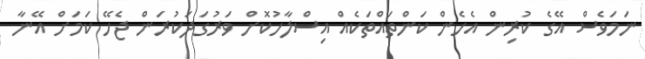
ނަމަވެސް އޭގެ ކުރިން އެހެން ކަންތައްތަކެއް އިސްލާހުކޮށް ވަރުގަދަކުރަން ޖެހޭ ކަމަށް އޭނާ